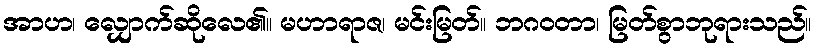
အာဟ၊ လျှောက်ဆိုလေ၏။ မဟာရာဇ၊ မင်းမြတ်။ ဘဂဝတာ၊ မြတ်စွာဘုရားသည်။